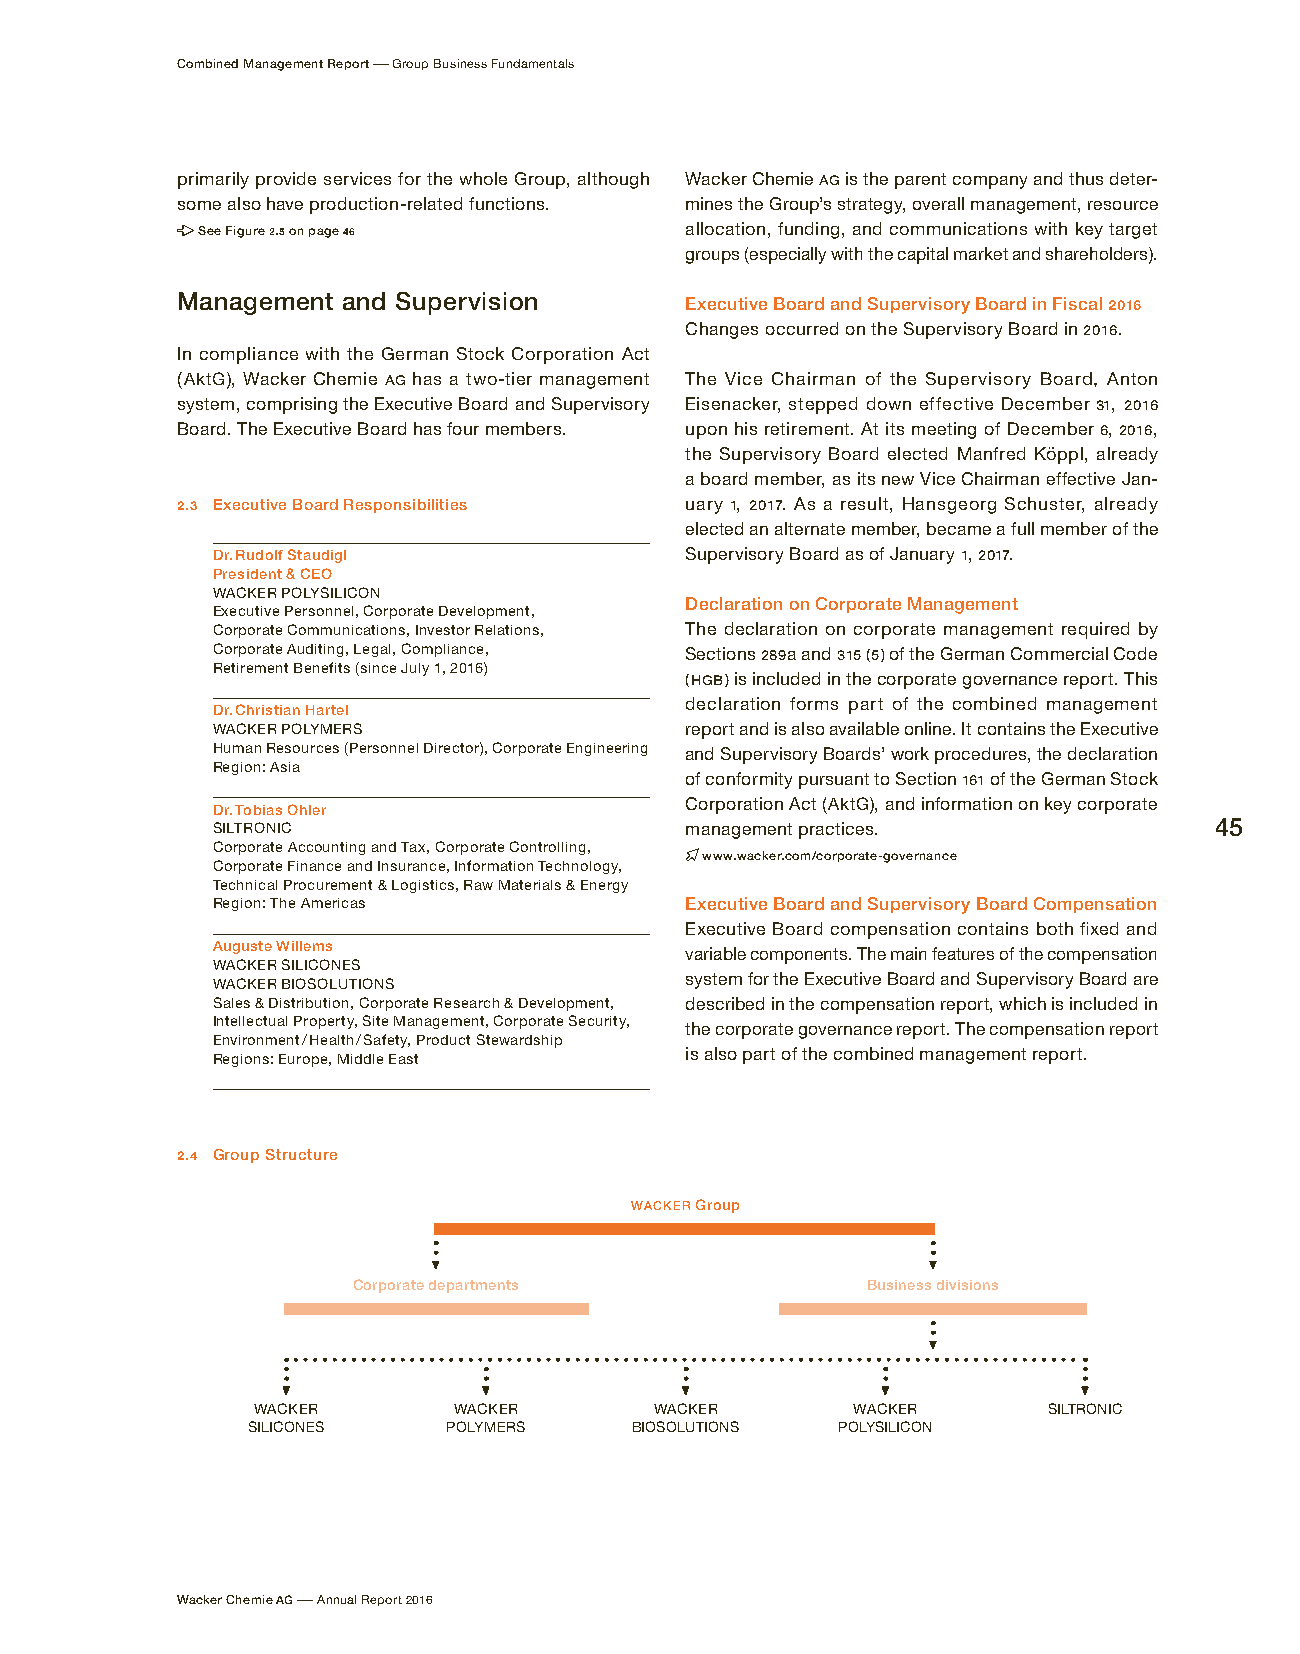
Combined Management Report – Group Business Fundamentals
 primarily provide services for the whole Group, although Wacker Chemie AG is the parent company and thus deter-
 some also have production-related functions. mines the Group’s strategy, overall management, resource
 See Figure 2.5 on page 46       allocation, funding, and communications with key target
 groups (especially with the capital market and shareholders).
 Management and Supervision       Executive Board and Supervisory Board in Fiscal 2016
 Changes occurred on the Supervisory Board in 2016.
 In compliance with the German Stock Corporation Act
 (AktG), Wacker Chemie AG has a two-tier management The Vice Chairman of the Supervisory Board, Anton
 system, comprising the Executive Board and Supervisory Eisenacker, stepped down effective December 31, 2016
 Board. The Executive Board has four members. upon his retirement. At its meeting of December 6, 2016,
 the Supervisory Board elected Manfred Köppl, already
 a board member, as its new Vice Chairman effective Jan-
 2.3 Executive Board Responsibilities uary 1, 2017. As a result, Hansgeorg Schuster, already
 elected an alternate member, became a full member of the
 Dr. Rudolf Staudigl            Supervisory Board as of January 1, 2017.
 President & CEO
 WACKER POLYSILICON
 Declaration on Corporate Management
 Executive Personnel, Corporate Development,
 Corporate Communications, Investor Relations, The declaration on corporate management required by
 Corporate Auditing, Legal, Compliance, Sections 289a and 315 (5) of the German Commercial Code
 Retirement Benefits (since July 1, 2016)
 (HGB) is included in the corporate governance report. This
 declaration forms part of the combined management
 Dr. Christian Hartel
 WACKER POLYMERS                report and is also available online. It contains the Executive
 Human Resources (Personnel Director), Corporate Engineering and Supervisory Boards’ work procedures, the declaration
 Region: Asia
 of conformity pursuant to Section 161 of the German Stock
 Corporation Act (AktG), and information on key corporate
 Dr. Tobias Ohler
 SILTRONIC                      management practices.              45
 Corporate Accounting and Tax, Corporate Controlling,
 www.wacker.com/corporate-governance
 Corporate Finance and Insurance, Information Technology,
 Technical Procurement & Logistics, Raw Materials & Energy
 Region: The Americas           Executive Board and Supervisory Board Compensation
 Executive Board compensation contains both fixed and
 Auguste Willems                variable components. The main features of the compensation
 WACKER SILICONES
 WACKER BIOSOLUTIONS            system for the Executive Board and Supervisory Board are
 Sales & Distribution, Corporate Research & Development, described in the compensation report, which is included in
 Intellectual Property, Site Management, Corporate Security,
 the corporate governance report. The compensation report
 Environment / Health / Safety, Product Stewardship
 Regions: Europe, Middle East   is also part of the combined management report.
 2.4 Group Structure
 WACKER Group
 Corporate departments             Business divisions
 WACKER       WACKER       WACKER       WACKER       SILTRONIC
 SILICONES     POLYMERS    BIOSOLUTIONS POLYSILICON
 Wacker Chemie AG – Annual Report 2016